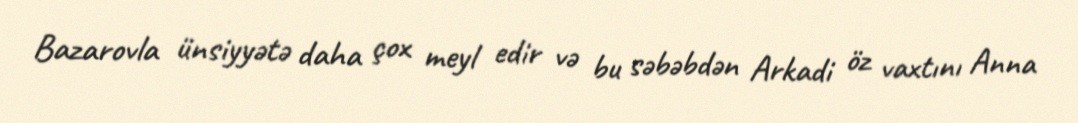
Bazarovla ünsiyyətə daha çox meyl edir və bu səbəbdən Arkadi öz vaxtını Anna